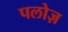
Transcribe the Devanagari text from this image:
पलोज़